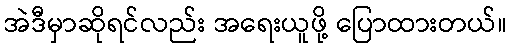
အဲဒီမှာဆိုရင်လည်း အရေးယူဖို့ ပြောထားတယ်။